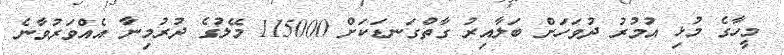
މީހާގެ މުޅި އުމުރު ދުވަހަށް ބަލާއިރު ގާތްގަނޑަކަށް 115000 މޭލުގެ ދުރުމިނާ އެއްވަރުވާނެ